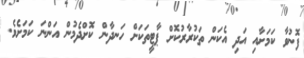
ފޮނުވާ ކަމަށާއި އަދި އެކަން ތަކުރާރުކޮށް ޕާޓީތަކަށް ހަނދާން ކޮށްދެމުން އަންނަ ކަމަށެވެ.